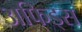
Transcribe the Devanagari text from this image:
अफिड्स